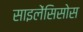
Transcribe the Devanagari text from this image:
साइलेंसिसोस